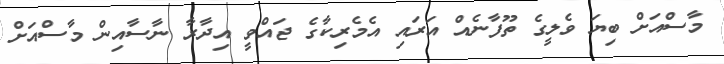
މާސްއަށް ބިޔަ ވެލީގެ ތޫފާނެއް އަރައި އެމެރިކާގެ ޖައްވީ އިދާރާ ނާސާއިން މާސްއަށް